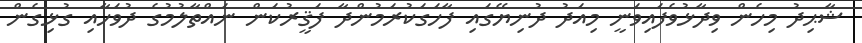
ޝާޙިދު މިހެން ވިދާޅުވެފައިވަނީ މިއަދު ދުނިޔޭގައި ފާހަގަކުރަމުންދާ ފަޤީރުކަން ނައްތާލުމުގެ ދުވަހާއި ގުޅިގެން